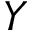
Y